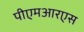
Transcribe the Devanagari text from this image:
पीएमआरएस